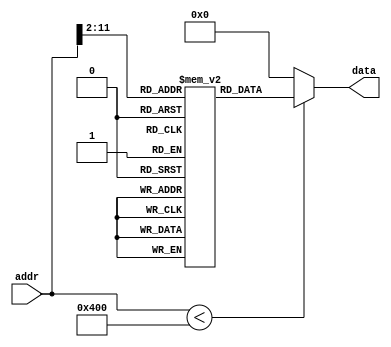
`timescale 1ns/1ps

module ROM (addr,data);
input [30:0] addr;
output [31:0] data;

localparam ROM_SIZE = 256*4;
(* rom_style = "distributed" *) reg [31:0] ROMDATA[ROM_SIZE-1:0];

assign data=(addr < ROM_SIZE)?ROMDATA[addr[30:2]]:32'b0;

integer i;
initial begin
ROMDATA[0] <= 32'b00001000000000000000000000000011;
ROMDATA[1] <= 32'b00001000000000000000000000111101;
ROMDATA[2] <= 32'b00001000000000000000000001111110;
ROMDATA[3] <= 32'b00111100000100000100000000000000;
ROMDATA[4] <= 32'b00100000000101001110110001110111;
ROMDATA[5] <= 32'b00100000000101011111111111111111;
ROMDATA[6] <= 32'b00100000000101100000000000000011;
ROMDATA[7] <= 32'b00100000000101110000000000000001;
ROMDATA[8] <= 32'b10101110000000000000000000001000;
ROMDATA[9] <= 32'b10101110000101000000000000000000;
ROMDATA[10] <= 32'b10101110000101010000000000000100;
ROMDATA[11] <= 32'b00100000000001000000111100000000;
ROMDATA[12] <= 32'b00100000000001010000000100000000;
ROMDATA[13] <= 32'b00100000000010000000000011000000;
ROMDATA[14] <= 32'b10101100000010000000000000000000;
ROMDATA[15] <= 32'b00100000000010000000000011111001;
ROMDATA[16] <= 32'b10101100000010000000000000000100;
ROMDATA[17] <= 32'b00100000000010000000000010100100;
ROMDATA[18] <= 32'b10101100000010000000000000001000;
ROMDATA[19] <= 32'b00100000000010000000000010110000;
ROMDATA[20] <= 32'b10101100000010000000000000001100;
ROMDATA[21] <= 32'b00100000000010000000000010011001;
ROMDATA[22] <= 32'b10101100000010000000000000010000;
ROMDATA[23] <= 32'b00100000000010000000000010010010;
ROMDATA[24] <= 32'b10101100000010000000000000010100;
ROMDATA[25] <= 32'b00100000000010000000000010000010;
ROMDATA[26] <= 32'b10101100000010000000000000011000;
ROMDATA[27] <= 32'b00100000000010000000000011111000;
ROMDATA[28] <= 32'b10101100000010000000000000011100;
ROMDATA[29] <= 32'b00100000000010000000000010000000;
ROMDATA[30] <= 32'b10101100000010000000000000100000;
ROMDATA[31] <= 32'b00100000000010000000000010010000;
ROMDATA[32] <= 32'b10101100000010000000000000100100;
ROMDATA[33] <= 32'b00100000000010000000000010001000;
ROMDATA[34] <= 32'b10101100000010000000000000101000;
ROMDATA[35] <= 32'b00100000000010000000000010000011;
ROMDATA[36] <= 32'b10101100000010000000000000101100;
ROMDATA[37] <= 32'b00100000000010000000000011000110;
ROMDATA[38] <= 32'b10101100000010000000000000110000;
ROMDATA[39] <= 32'b00100000000010000000000010100001;
ROMDATA[40] <= 32'b10101100000010000000000000110100;
ROMDATA[41] <= 32'b00100000000010000000000010000110;
ROMDATA[42] <= 32'b10101100000010000000000000111000;
ROMDATA[43] <= 32'b00100000000010000000000010001110;
ROMDATA[44] <= 32'b10101100000010000000000000111100;
ROMDATA[45] <= 32'b10101110000101100000000000001000;
ROMDATA[46] <= 32'b00111100000100011000000000000000;
ROMDATA[47] <= 32'b00111100000100101000000000000000;
ROMDATA[48] <= 32'b00000000000000000001000000100100;
ROMDATA[49] <= 32'b00010000010000001111111111111111;
ROMDATA[50] <= 32'b00000000111000001001100000100101;
ROMDATA[51] <= 32'b00000000110001110100000000101010;
ROMDATA[52] <= 32'b00010101000000000000000000000010;
ROMDATA[53] <= 32'b00000000110001110011000000100010;
ROMDATA[54] <= 32'b00001000000000000000000000110011;
ROMDATA[55] <= 32'b00000000110000000011100000100101;
ROMDATA[56] <= 32'b00000010011000000011000000100101;
ROMDATA[57] <= 32'b00010100111000001111111111111000;
ROMDATA[58] <= 32'b10101110000100110000000000001100;
ROMDATA[59] <= 32'b10101110000100110000000000011000;
ROMDATA[60] <= 32'b00001000000000000000000000101110;
ROMDATA[61] <= 32'b10001110000010100000000000100000;
ROMDATA[62] <= 32'b00000000000010100101111100000000;
ROMDATA[63] <= 32'b00000000000010110101111111000010;
ROMDATA[64] <= 32'b00010101011000000000000000101001;
ROMDATA[65] <= 32'b00000000000010100101111101000000;
ROMDATA[66] <= 32'b00000000000010110101111111000010;
ROMDATA[67] <= 32'b00010101011000000000000000110101;
ROMDATA[68] <= 32'b10101110000101110000000000001000;
ROMDATA[69] <= 32'b00101000101010100000001000000000;
ROMDATA[70] <= 32'b00010101010000000000000000011001;
ROMDATA[71] <= 32'b00101000101010100000010000000000;
ROMDATA[72] <= 32'b00010101010000000000000000010000;
ROMDATA[73] <= 32'b00101000101010100000100000000000;
ROMDATA[74] <= 32'b00010101010000000000000000000111;
ROMDATA[75] <= 32'b00000000000011010101000100000010;
ROMDATA[76] <= 32'b00000000000010100101000010000000;
ROMDATA[77] <= 32'b10001101010010100000000000000000;
ROMDATA[78] <= 32'b00000001010001000101000000100000;
ROMDATA[79] <= 32'b00000001010001010101000000100010;
ROMDATA[80] <= 32'b00100000000001010000000100000000;
ROMDATA[81] <= 32'b00001000000000000000000001100111;
ROMDATA[82] <= 32'b00110001101010100000000000001111;
ROMDATA[83] <= 32'b00000000000010100101000010000000;
ROMDATA[84] <= 32'b10001101010010100000000000000000;
ROMDATA[85] <= 32'b00000001010001000101000000100000;
ROMDATA[86] <= 32'b00000001010001010101000000100010;
ROMDATA[87] <= 32'b00000000000001010010100001000000;
ROMDATA[88] <= 32'b00001000000000000000000001100111;
ROMDATA[89] <= 32'b00000000000011000101000100000010;
ROMDATA[90] <= 32'b00000000000010100101000010000000;
ROMDATA[91] <= 32'b10001101010010100000000000000000;
ROMDATA[92] <= 32'b00000001010001000101000000100000;
ROMDATA[93] <= 32'b00000001010001010101000000100010;
ROMDATA[94] <= 32'b00000000000001010010100001000000;
ROMDATA[95] <= 32'b00001000000000000000000001100111;
ROMDATA[96] <= 32'b00110001100010100000000000001111;
ROMDATA[97] <= 32'b00000000000010100101000010000000;
ROMDATA[98] <= 32'b10001101010010100000000000000000;
ROMDATA[99] <= 32'b00000001010001000101000000100000;
ROMDATA[100] <= 32'b00000001010001010101000000100010;
ROMDATA[101] <= 32'b00000000000001010010100001000000;
ROMDATA[102] <= 32'b00001000000000000000000001100111;
ROMDATA[103] <= 32'b10101110000010100000000000010100;
ROMDATA[104] <= 32'b10101110000101100000000000001000;
ROMDATA[105] <= 32'b00001000000000000000000001111101;
ROMDATA[106] <= 32'b00100001101011010000000000000001;
ROMDATA[107] <= 32'b10001110000010100000000000100000;
ROMDATA[108] <= 32'b00110001010010100000000000010111;
ROMDATA[109] <= 32'b10101110000010100000000000100000;
ROMDATA[110] <= 32'b00000000000100010101011111000010;
ROMDATA[111] <= 32'b00010101010000000000000000000101;
ROMDATA[112] <= 32'b10001110000100100000000000011100;
ROMDATA[113] <= 32'b00000010010000000011100000100101;
ROMDATA[114] <= 32'b00000010010000000110100000100101;
ROMDATA[115] <= 32'b00100000000000100000000000000001;
ROMDATA[116] <= 32'b00001000000000000000000001111101;
ROMDATA[117] <= 32'b10001110000100010000000000011100;
ROMDATA[118] <= 32'b00000010001000000011000000100101;
ROMDATA[119] <= 32'b00000010001000000110000000100101;
ROMDATA[120] <= 32'b00001000000000000000000001111101;
ROMDATA[121] <= 32'b10001110000010100000000000100000;
ROMDATA[122] <= 32'b00110001010010100000000000001011;
ROMDATA[123] <= 32'b10101110000010100000000000100000;
ROMDATA[124] <= 32'b00001000000000000000000001111101;
ROMDATA[125] <= 32'b00000011010000000000000000001000;
ROMDATA[126] <= 32'b00000011010000000000000000001000;
	    for (i=127;i<ROM_SIZE;i=i+1) begin
            ROMDATA[i] <= 32'b0;
        end
end
endmodule